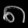
Digit: ၈